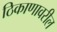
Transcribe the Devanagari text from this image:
ठिकाणावरील